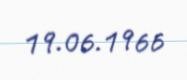
19.06.1966